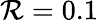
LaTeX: \mathcal{R}=0.1